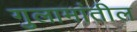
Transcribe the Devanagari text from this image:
गुलामांतील